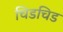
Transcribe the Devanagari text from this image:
चिडचिड